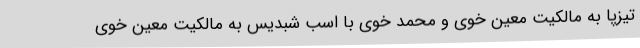
تیزپا به مالکیت معین خوی و محمد خوی با اسب شبدیس به مالکیت معین خوی